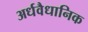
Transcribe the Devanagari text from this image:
अर्धवैधानिक